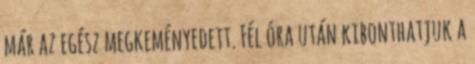
már az egész megkeményedett. Fél óra után kibonthatjuk a